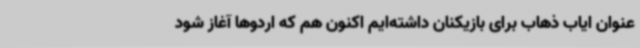
عنوان ایاب ذهاب برای بازیکنان داشته‌ایم اکنون هم که اردوها آغاز شود